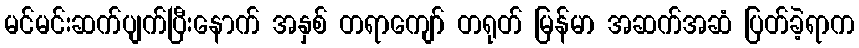
မင်မင်းဆက်ပျက်ပြီးနောက် အနှစ် တရာကျော် တရုတ် မြန်မာ အဆက်အဆံ ပြတ်ခဲ့ရာက